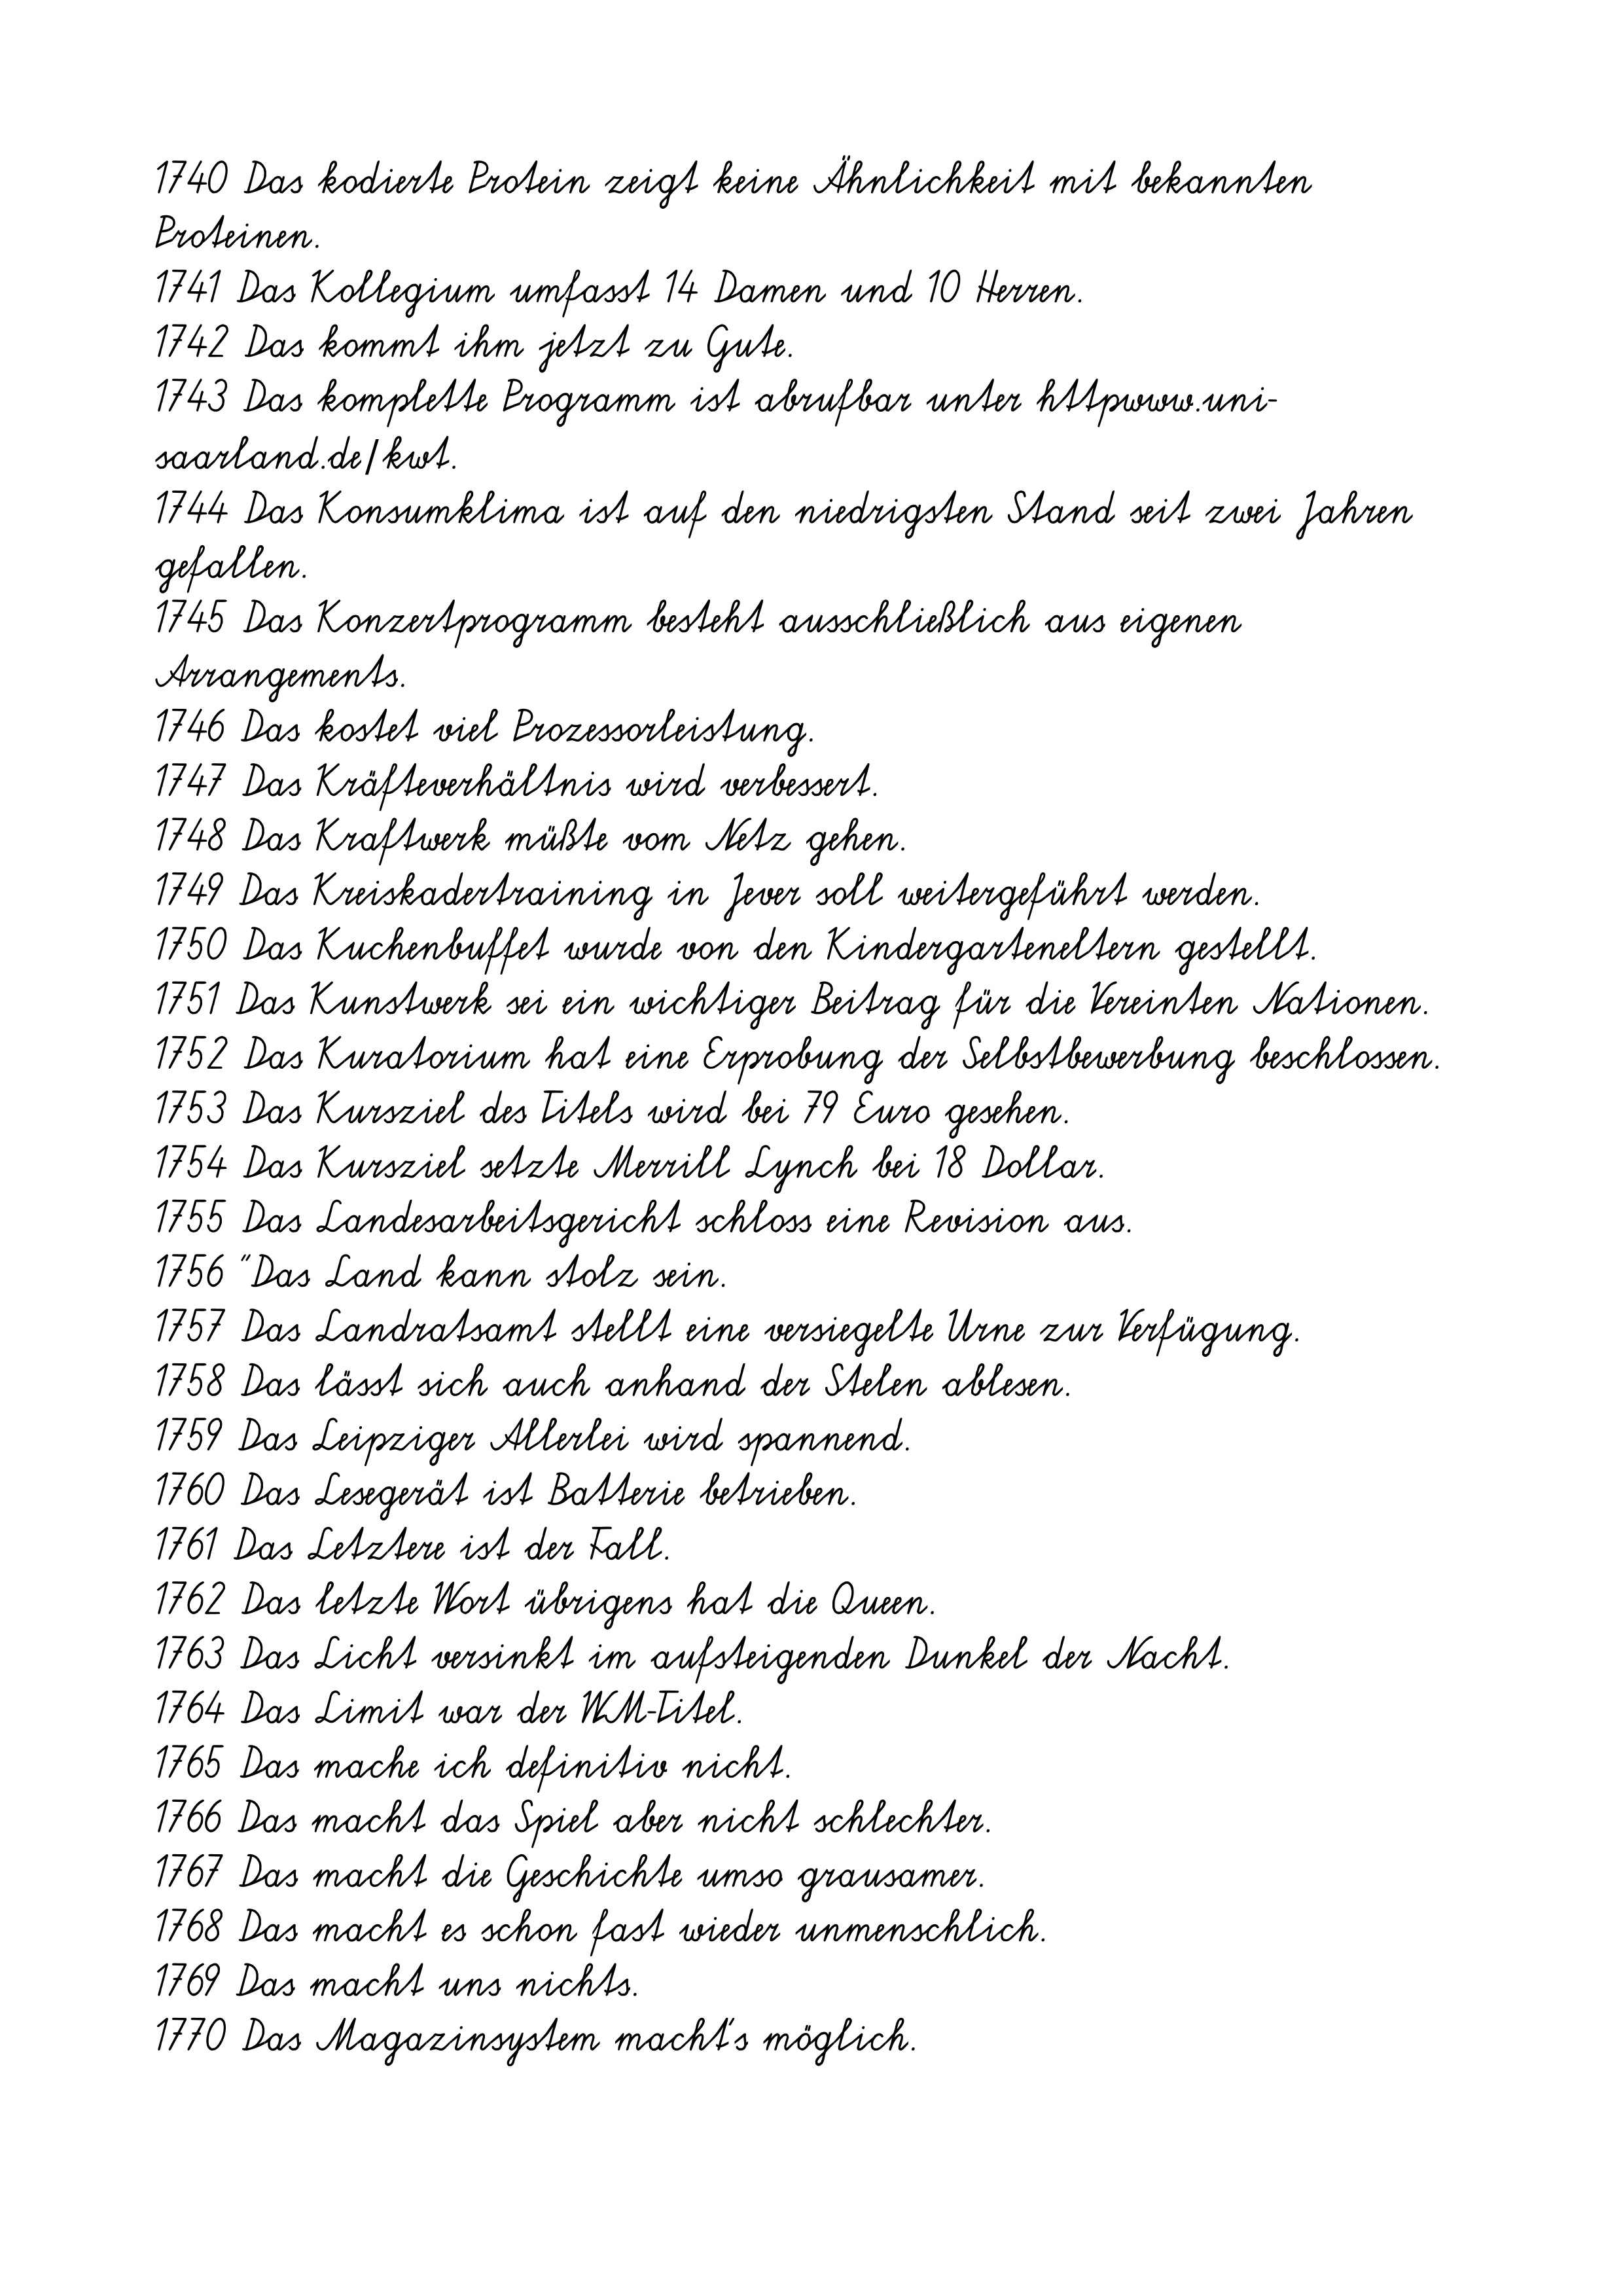
1740 Das kodierte Protein zeigt keine Ähnlichkeit mit bekannten
Proteinen.
1741 Das Kollegium umfasst 14 Damen und 10 Herren.
1742 Das kommt ihm jetzt zu Gute.
1743 Das komplette Programm ist abrufbar unter httpwww.uni-
saarland.de/kwt.
1744 Das Konsumklima ist auf den niedrigsten Stand seit zwei Jahren
gefallen.
1745 Das Konzertprogramm besteht ausschließlich aus eigenen
Arrangements.
1746 Das kostet viel Prozessorleistung.
1747 Das Kräfteverhältnis wird verbessert.
1748 Das Kraftwerk müßte vom Netz gehen.
1749 Das Kreiskadertraining in Jever soll weitergeführt werden.
1750 Das Kuchenbuffet wurde von den Kindergarteneltern gestellt.
1751 Das Kunstwerk sei ein wichtiger Beitrag für die Vereinten Nationen.
1752 Das Kuratorium hat eine Erprobung der Selbstbewerbung beschlossen.
1753 Das Kursziel des Titels wird bei 79 Euro gesehen.
1754 Das Kursziel setzte Merrill Lynch bei 18 Dollar.
1755 Das Landesarbeitsgericht schloss eine Revision aus.
1756 "Das Land kann stolz sein.
1757 Das Landratsamt stellt eine versiegelte Urne zur Verfügung.
1758 Das lässt sich auch anhand der Stelen ablesen.
1759 Das Leipziger Allerlei wird spannend.
1760 Das Lesegerät ist Batterie betrieben.
1761 Das Letztere ist der Fall.
1762 Das letzte Wort übrigens hat die Queen.
1763 Das Licht versinkt im aufsteigenden Dunkel der Nacht.
1764 Das Limit war der WM-Titel.
1765 Das mache ich definitiv nicht.
1766 Das macht das Spiel aber nicht schlechter.
1767 Das macht die Geschichte umso grausamer.
1768 Das macht es schon fast wieder unmenschlich.
1769 Das macht uns nichts.
1770 Das Magazinsystem macht's möglich.